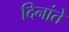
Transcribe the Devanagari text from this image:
दिनांते